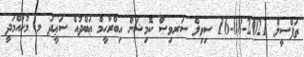
ތަފްސީލް 2021-08-16 ސިވިލް ސަރވިސް ކޮމިޝަން އިބްރާހީމް ޢަބްދުއް ސަޢީދު މ. މުހައްމަދީ